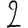
Digit: 2